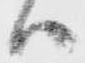
ハ